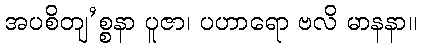
အပစိတျ’စ္စနာ ပူဇာ၊ ပဟာရော ဗလိ မာနနာ။